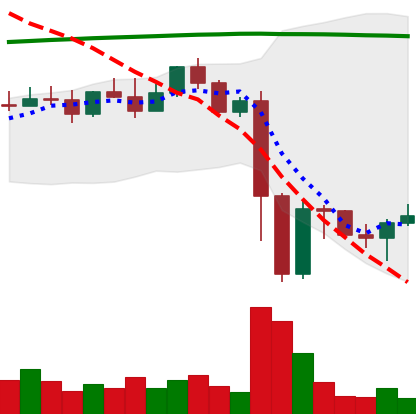
Ticker: EOS-USD
Chart end date: 2022-11-15
Forward return: -5.838%
Label: down_5_7